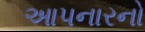
આપનારનો